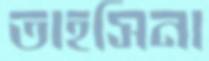
তাহসিনা